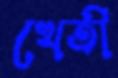
খেতী